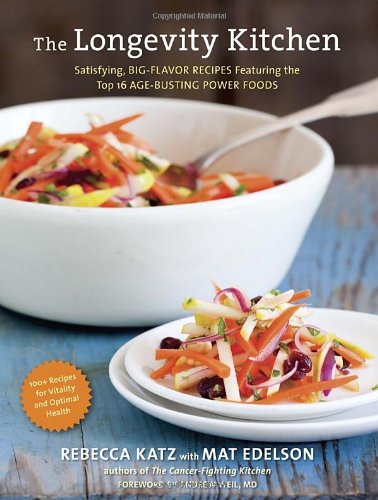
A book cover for The Longevity Kitchen: Satisfying, Big-Flavor Recipes Featuring the Top 16 Age-Busting Power Foods [120 Recipes for Vitality and Optimal Health]; Rebecca Katz; Cookbooks, Food & Wine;